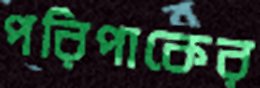
পরিপাকের